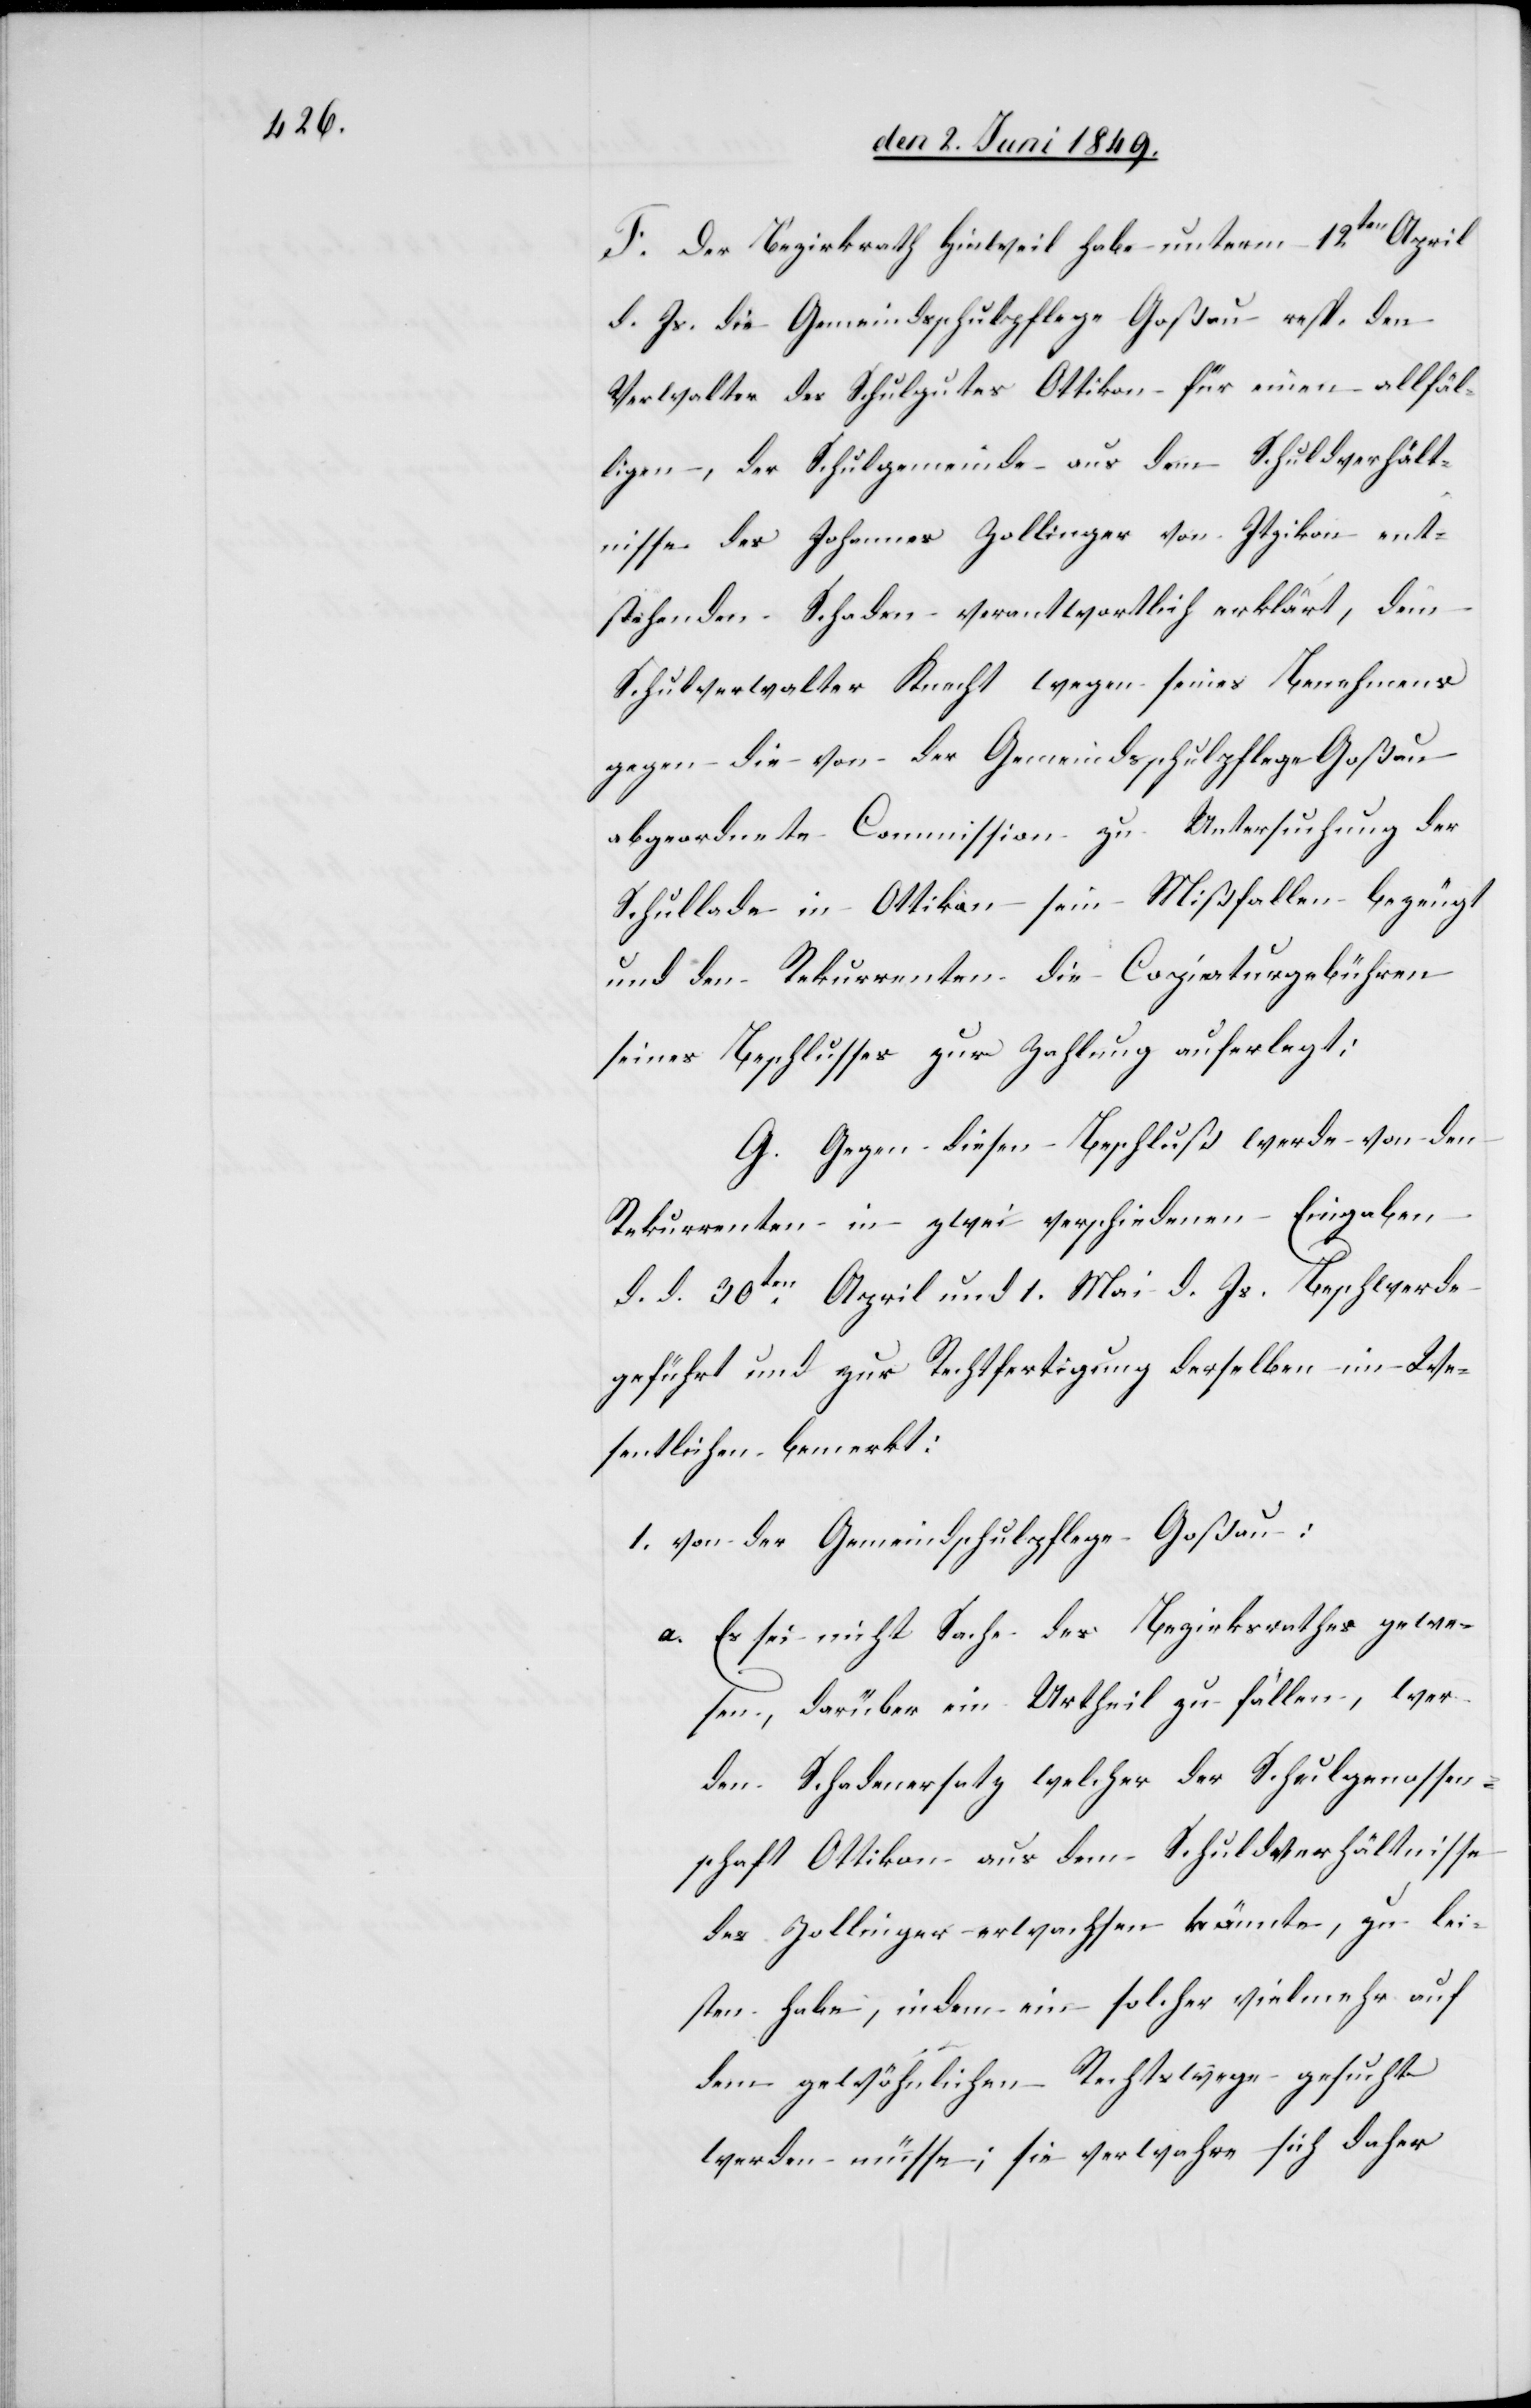
F. Der Bezirksrath Hinweil habe unterm 12ten April
d. Js. die Gemeindsschulpflege Goßau resp. den
Verwalter des Schulgutes Ottikon für einen allfäl¬
ligen, der Schulgemeinde aus dem Schuldverhält¬
nisse des Johannes Zollinger von Itzikon ent¬
stehenden Schaden verantwortlich erklärt, den
Schulverwalter Knecht wegen seines Benehmens
gegen die von der Gemeindsschulpflege Goßau
abgeordnete Commission zu Untersuchung der
Schullade in Ottikon sein Mißfallen bezeugt
und den Rekurrenten die Copiaturgebühren
seines Beschlusses zur Zahlung auferlegt:
G. Gegen diesen Beschluß werde von den
Rekurrenten in zwei verschiedenen Eingaben
d. d. 30ten April und 1. Mai d. Js. Beschwerde
geführt und zur Rechtfertigung derselben im We¬
sentlichen bemerkt:
1. von der Gemeindschulpflege Goßau:
a. Es sei nicht Sache des Bezirksrathes gewe¬
sen, darüber ein Urtheil zu fallen, wer¬
den Schadenersatz welcher der Schulgenossen¬
schaft Ottikon aus dem Schuldverhältnisse
des Zollinger erwachsen könnte, zu lei¬
sten habe, indem ein solcher vielmehr auf
dem gewöhnlichen Rechtswege gesucht
werden müsse; sie verwahre sich daher